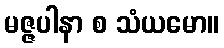
မဇ္ဇပါနာ စ သံယမော။